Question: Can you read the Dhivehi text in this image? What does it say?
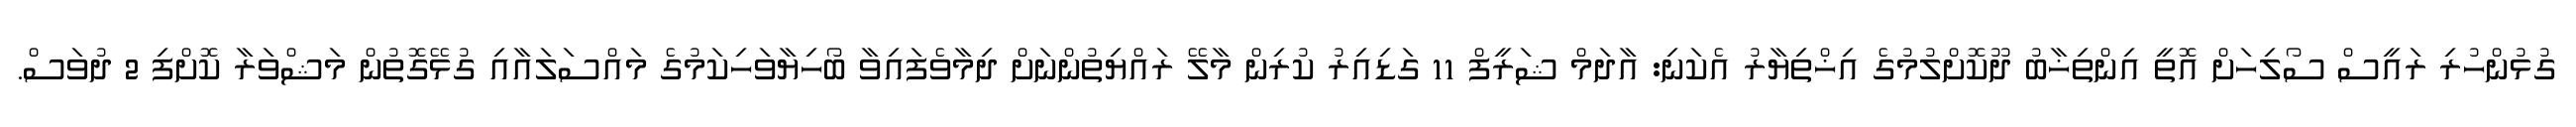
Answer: ގުޅުންހުރި ރައީސް ސޯލިހަށް އޮތީ އިންތިޚާބު ދޫކޮށްލުމުގެ އިޚްތިޔާރު އެކަނި: އާދަމް ޝަރީފް 11 ގަޑިއިރު ކުރިން މާލޭ ރައްޔިތުންނަށް ދިމާވެފައިވާ ބޯހިޔާވަހިކަމުގެ މައްސަލައާއި ގުޅޭގޮތުން މަޝްވަރާ ކޮށްފި 2 ދުވަސް.